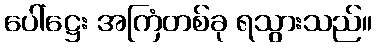
ပေါ်ဋ္ဌေး အကြံတစ်ခု ရသွားသည်။